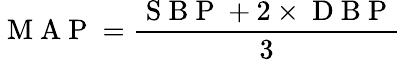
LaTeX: \mathrm{~M~A~P~}=\frac{\mathrm{~S~B~P~}+2\times\mathrm{~D~B~P~}}{3}